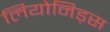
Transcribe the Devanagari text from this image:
लियोनिड़स